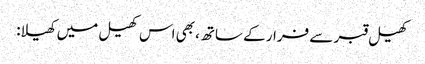
کھیل قبر سے فرار کے ساتھ، بھی اس کھیل میں کھیلا: